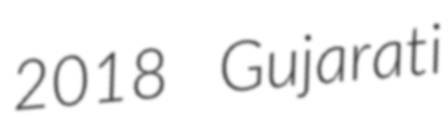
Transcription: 2018 Gujarati